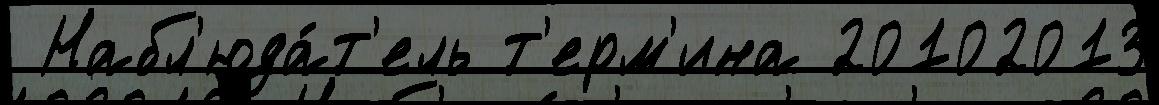
 Набл'юда́т'ель т'ерм'ина 20102013